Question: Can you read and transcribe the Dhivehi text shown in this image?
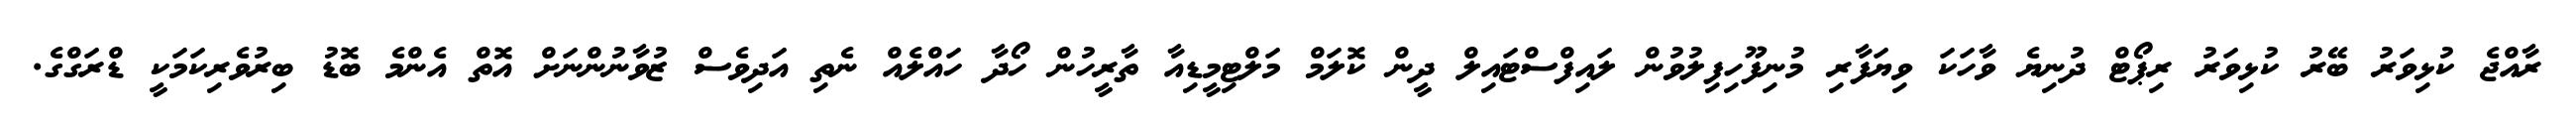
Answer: ރާއްޖެ ކުޅިވަރު ބޭރު ކުޅިވަރު ރިޕޯޓް ދުނިޔެ ވާހަކަ ވިޔަފާރި މުނިފޫހިފިލުވުން ލައިފްސްޓައިލް ދީން ކޮލަމް މަލްޓިމީޑިއާ ތާރީހުން ހޯދާ ހައްލެއް ނެތި އަދިވެސް ޒުވާނުންނަށް އޮތް އެންމެ ބޮޑު ބިރުވެރިކަމަކީ ޑްރަގްގެ.